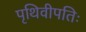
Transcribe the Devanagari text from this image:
पृथिवीपतिः